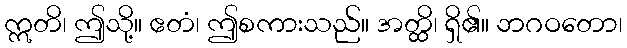
ဣတိ၊ ဤသို့။ ဧတံ၊ ဤစကားသည်။ အတ္ထိ၊ ရှိ၏။ ဘဂဝတော၊